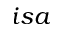
i s a